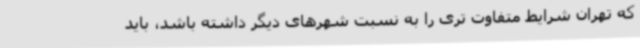
که تهران شرایط متفاوت تری را به نسبت شهرهای دیگر داشته باشد، باید